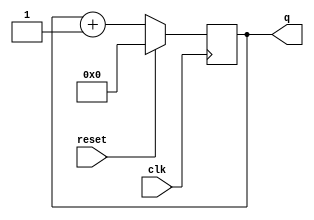
module top_module (
    input clk,
    input reset,      // Synchronous active-high reset
    output [13:0] q);
    always@(posedge clk)
        begin
            if(reset == 1)
                begin
                    q<=4'b0;
                end
            else
                begin
                    q<=q+1;
                end
        end
endmodule